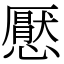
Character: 懕